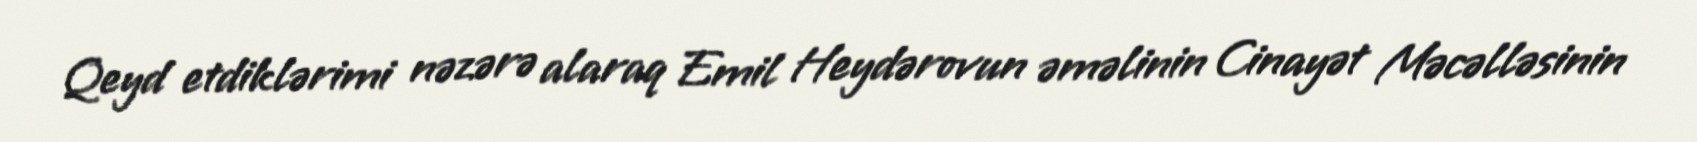
Qeyd etdiklərimi nəzərə alaraq Emil Heydərovun əməlinin Cinayət Məcəlləsinin